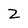
Character: Z